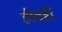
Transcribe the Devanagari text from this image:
हीवहीं